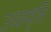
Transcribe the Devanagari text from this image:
उच्छवृत्ति